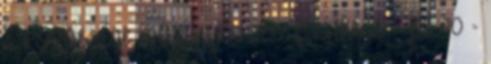
& KÖZÖSSÉGI MŰHELYEK 2017 FELHÍVÁS - PC 40 -